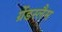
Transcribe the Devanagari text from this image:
ग्रेंडस्लैम